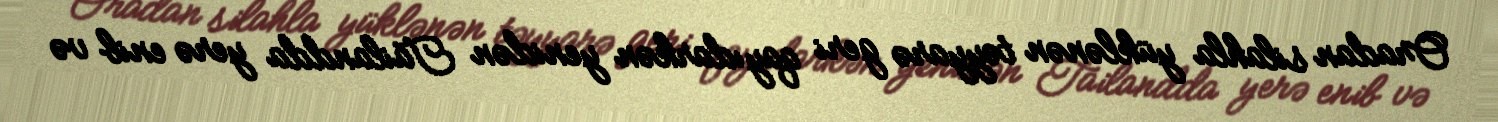
Oradan silahla yüklənən təyyarə geri qayıdarkən yenidən Tailandda yerə enib və